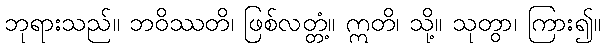
ဘုရားသည်။ ဘဝိဿတိ၊ ဖြစ်လတ္တံ့။ ဣတိ၊ သို့။ သုတွာ၊ ကြား၍။